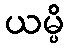
ယမ္ပိ